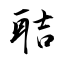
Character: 聐